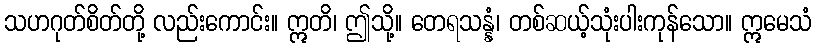
သဟဂုတ်စိတ်တို့ လည်းကောင်း။ ဣတိ၊ ဤသို့။ တေရသန္နံ၊ တစ်ဆယ့်သုံးပါးကုန်သော။ ဣမေသံ